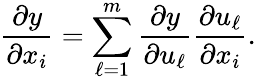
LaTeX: {\frac{\partial y}{\partial x_{i}}}=\sum_{\ell=1}^{m}{\frac{\partial y}{\partial u_{\ell}}}{\frac{\partial u_{\ell}}{\partial x_{i}}}.